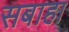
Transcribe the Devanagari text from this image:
सबाहा